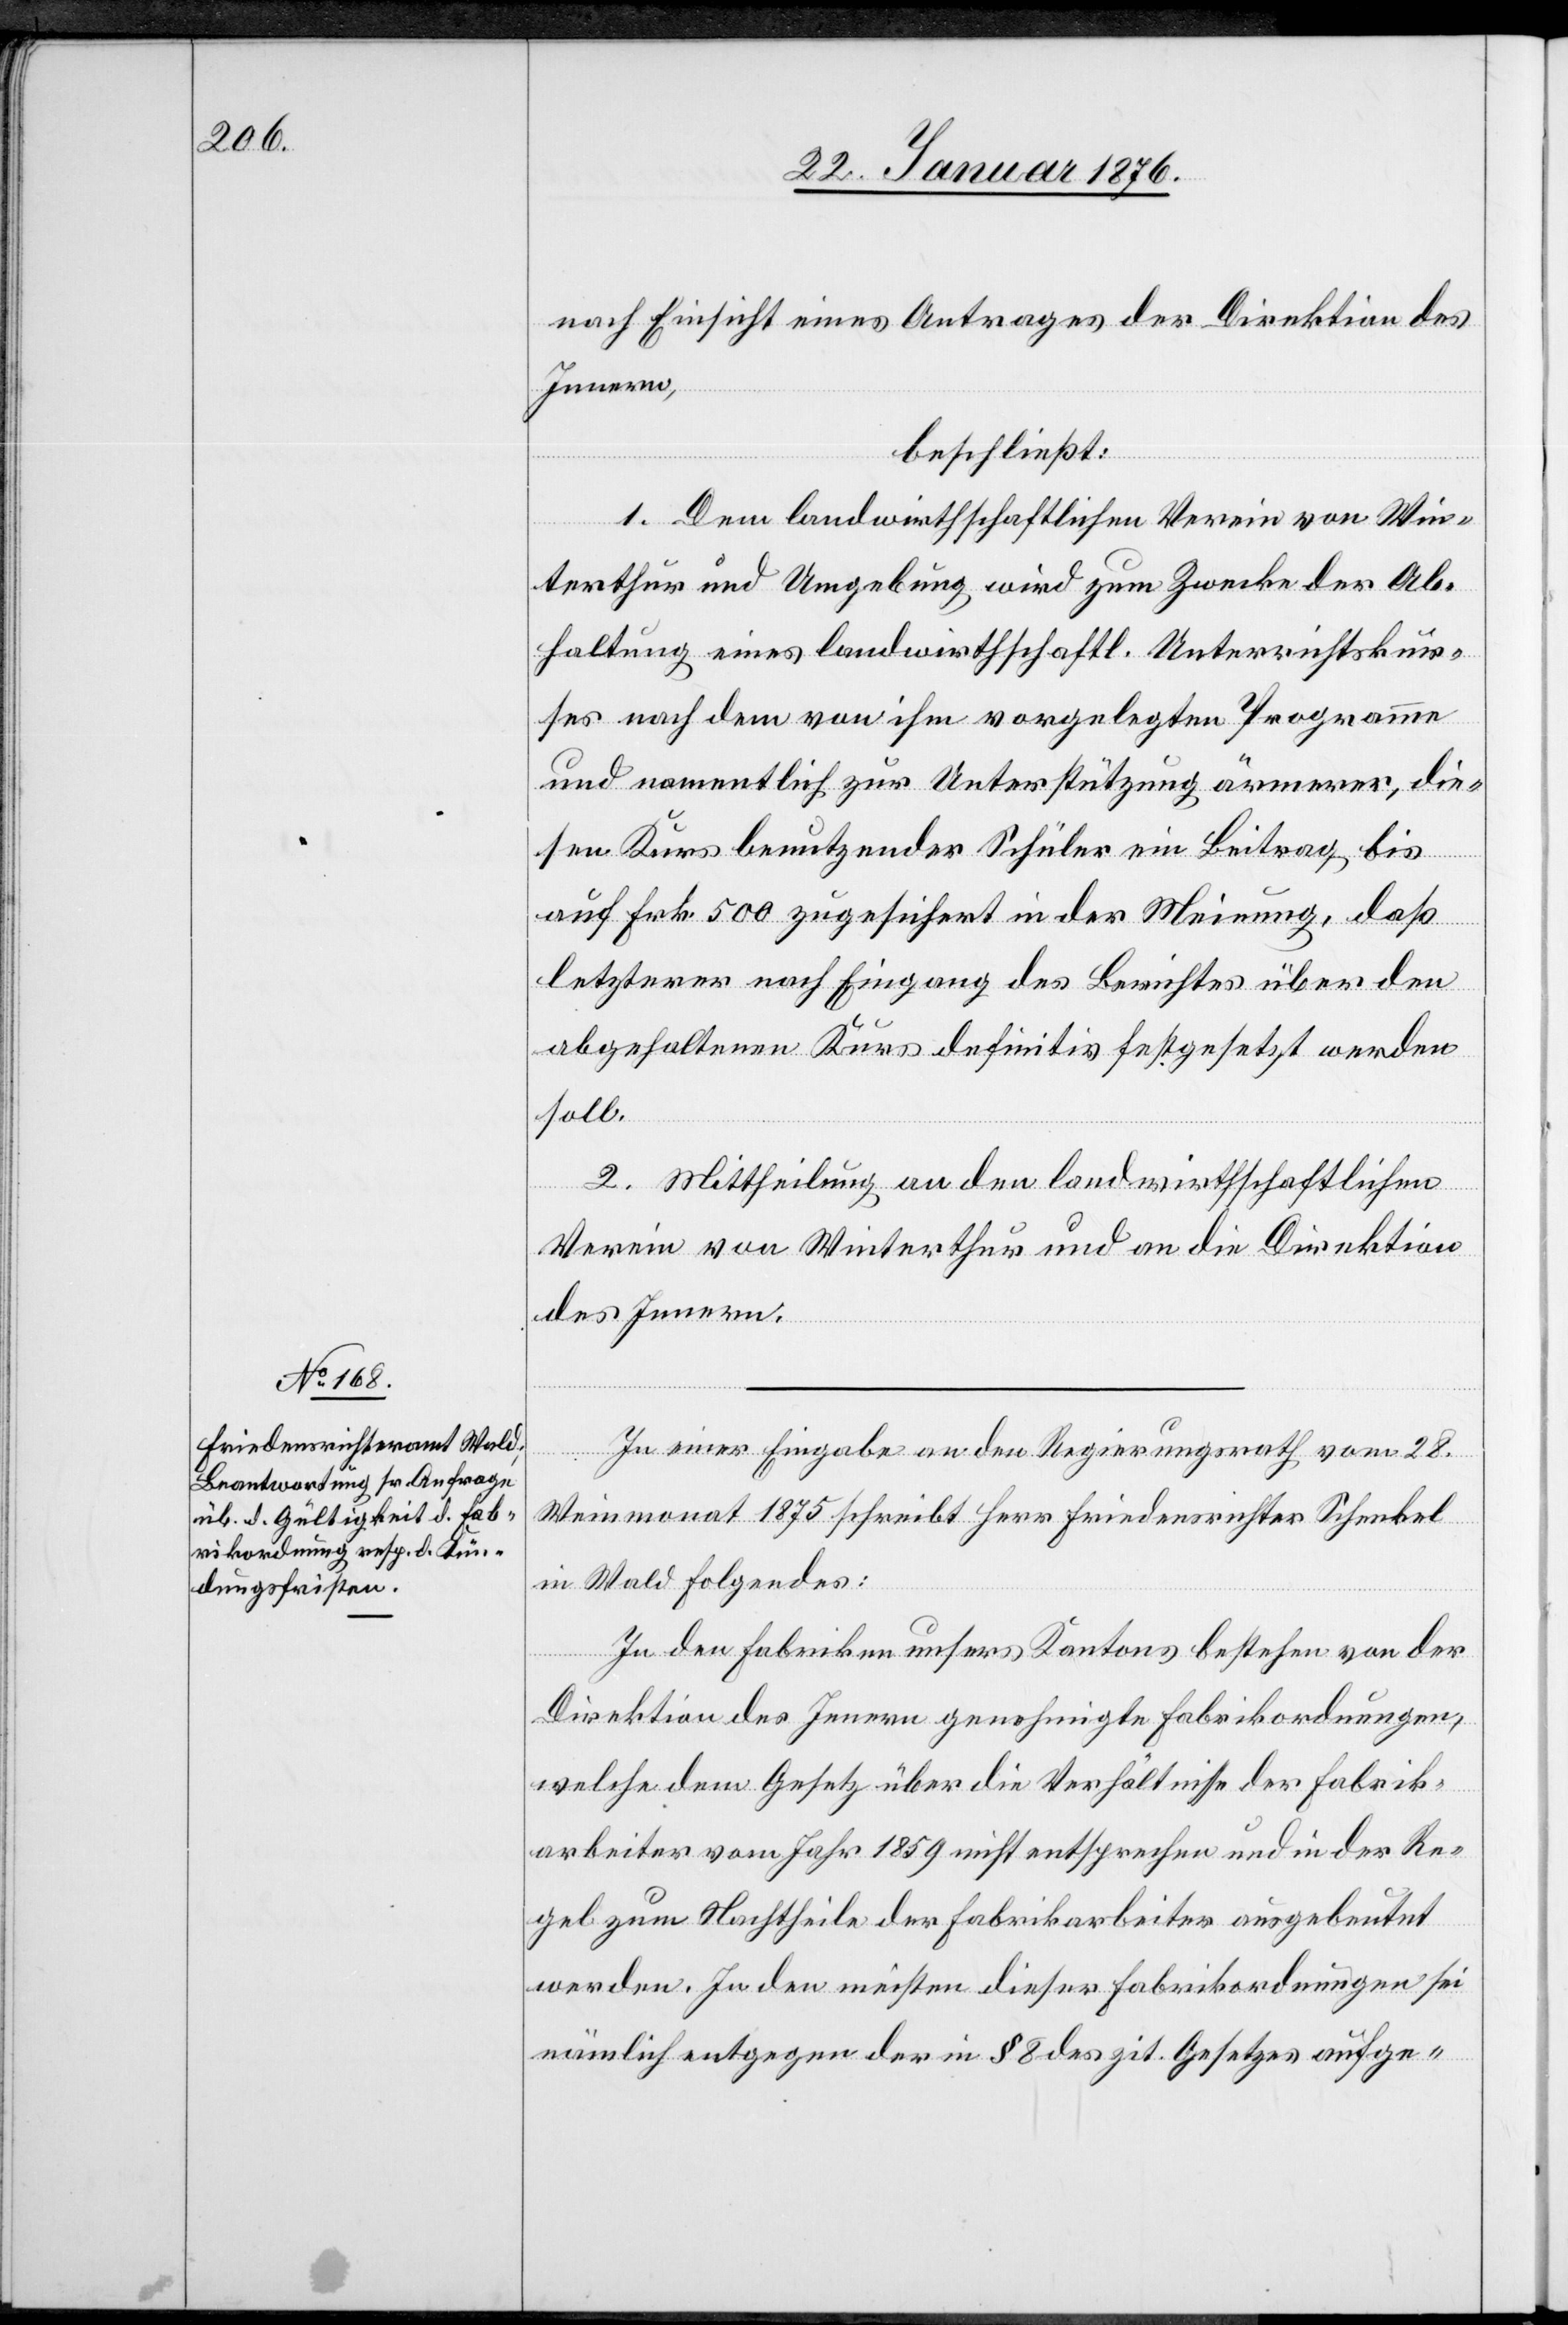
nach Einsicht eines Antrages der Direktion des
Innern,
beschließt:
1. Dem landwirthschaftlichen Verein von Win¬
terthur und Umgebung wird zum Zwecke der Ab¬
haltung eines landwirthschaftl. Unterrichtskur¬
ses nach dem von ihm vorgelegten Programme
und namentlich zur Unterstützung ärmerer, die¬
sen Kurs benutzender Schüler ein Beitrag bis
auf Frk. 500 zugesichert in der Meinung, daß
letzterer nach Eingang des Berichtes über den
abgehaltenen Kurs definitiv festgesetzt werden
soll.
2. Mittheilung an den landwirthschaftlichen
Verein von Winterthur und an die Direktion
des Innern.
In einer Eingabe an den Regierungsrath vom 28.
Weinmonat 1875 schreibt Herr Friedensrichter Schenkel
in Wald Folgendes:
In den Fabriken unseres Kantons bestehen von der
Direktion des Innern genehmigte Fabrikordnungen,
welche dem Gesetz über die Verhältnisse der Fabrik¬
arbeiter vom Jahr 1859 nicht entsprechen und in der Re¬
gel zum Nachtheile der Fabrikarbeiter ausgebeutet
werden. In den meisten dieser Fabrikordnungen sei
nämlich entgegen der in § 8 des zit. Gesetzes aufge-